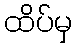
ထိပ်မှ